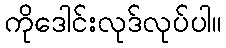
ကိုဒေါင်းလုဒ်လုပ်ပါ။